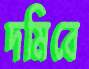
দমিবে